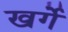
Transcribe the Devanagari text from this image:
खर्गे